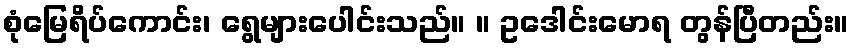
စုံမြေရိပ်ကောင်း၊ ရွေများပေါင်းသည်။ ။ ဥဒေါင်းမောရ တွန်ပြီတည်း။